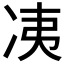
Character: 𰃼